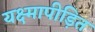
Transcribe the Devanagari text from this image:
यक्ष्मापीड़ित